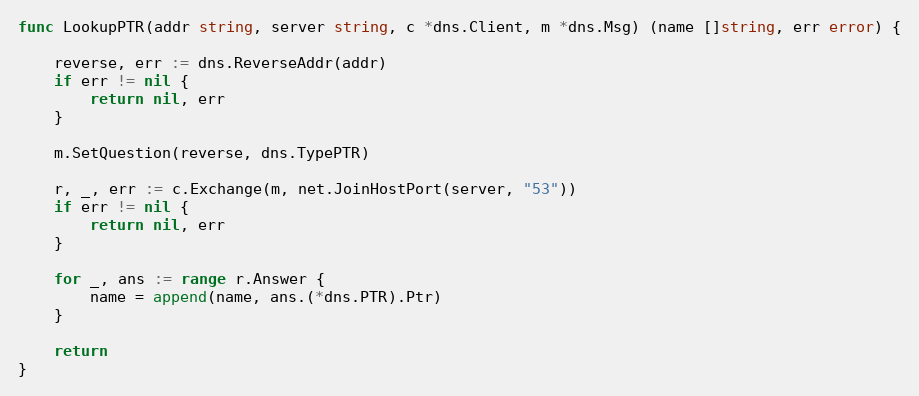
Language: Go
func LookupPTR(addr string, server string, c *dns.Client, m *dns.Msg) (name []string, err error) {

	reverse, err := dns.ReverseAddr(addr)
	if err != nil {
		return nil, err
	}

	m.SetQuestion(reverse, dns.TypePTR)

	r, _, err := c.Exchange(m, net.JoinHostPort(server, "53"))
	if err != nil {
		return nil, err
	}

	for _, ans := range r.Answer {
		name = append(name, ans.(*dns.PTR).Ptr)
	}

	return
}